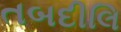
તબદીલિ